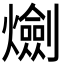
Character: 𤑯